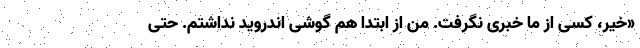
«خیر، کسی از ما خبری نگرفت. من از ابتدا هم گوشی اندروید نداشتم. حتی